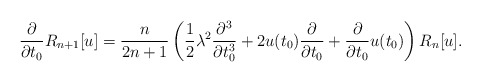
\begin{align*}\frac{\partial}{\partial t_{0}} R_{n+1}[u] = \frac{n}{2n+1}\left( \frac{1}{2}\lambda^{2} \frac{\partial^{3}}{\partial t_{0}^{3}} + 2 u(t_{0}) \frac{\partial}{\partial t_{0}}+ \frac{\partial}{\partial t_{0}}u(t_{0}) \right) R_{n}[u]. \end{align*}